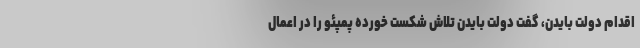
اقدام دولت بایدن، گفت دولت بایدن تلاش شکست خورده پمپئو را در اعمال